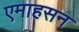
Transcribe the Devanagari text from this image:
एमाहसन